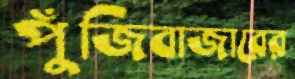
পুঁজিবাজারের